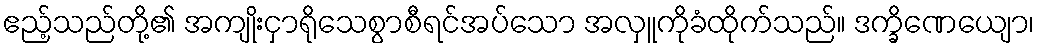
ဧည့်သည်တို့၏ အကျိုးငှာရိုသေစွာစီရင်အပ်သော အလှူကိုခံထိုက်သည်။ ဒက္ခိဏေယျော၊